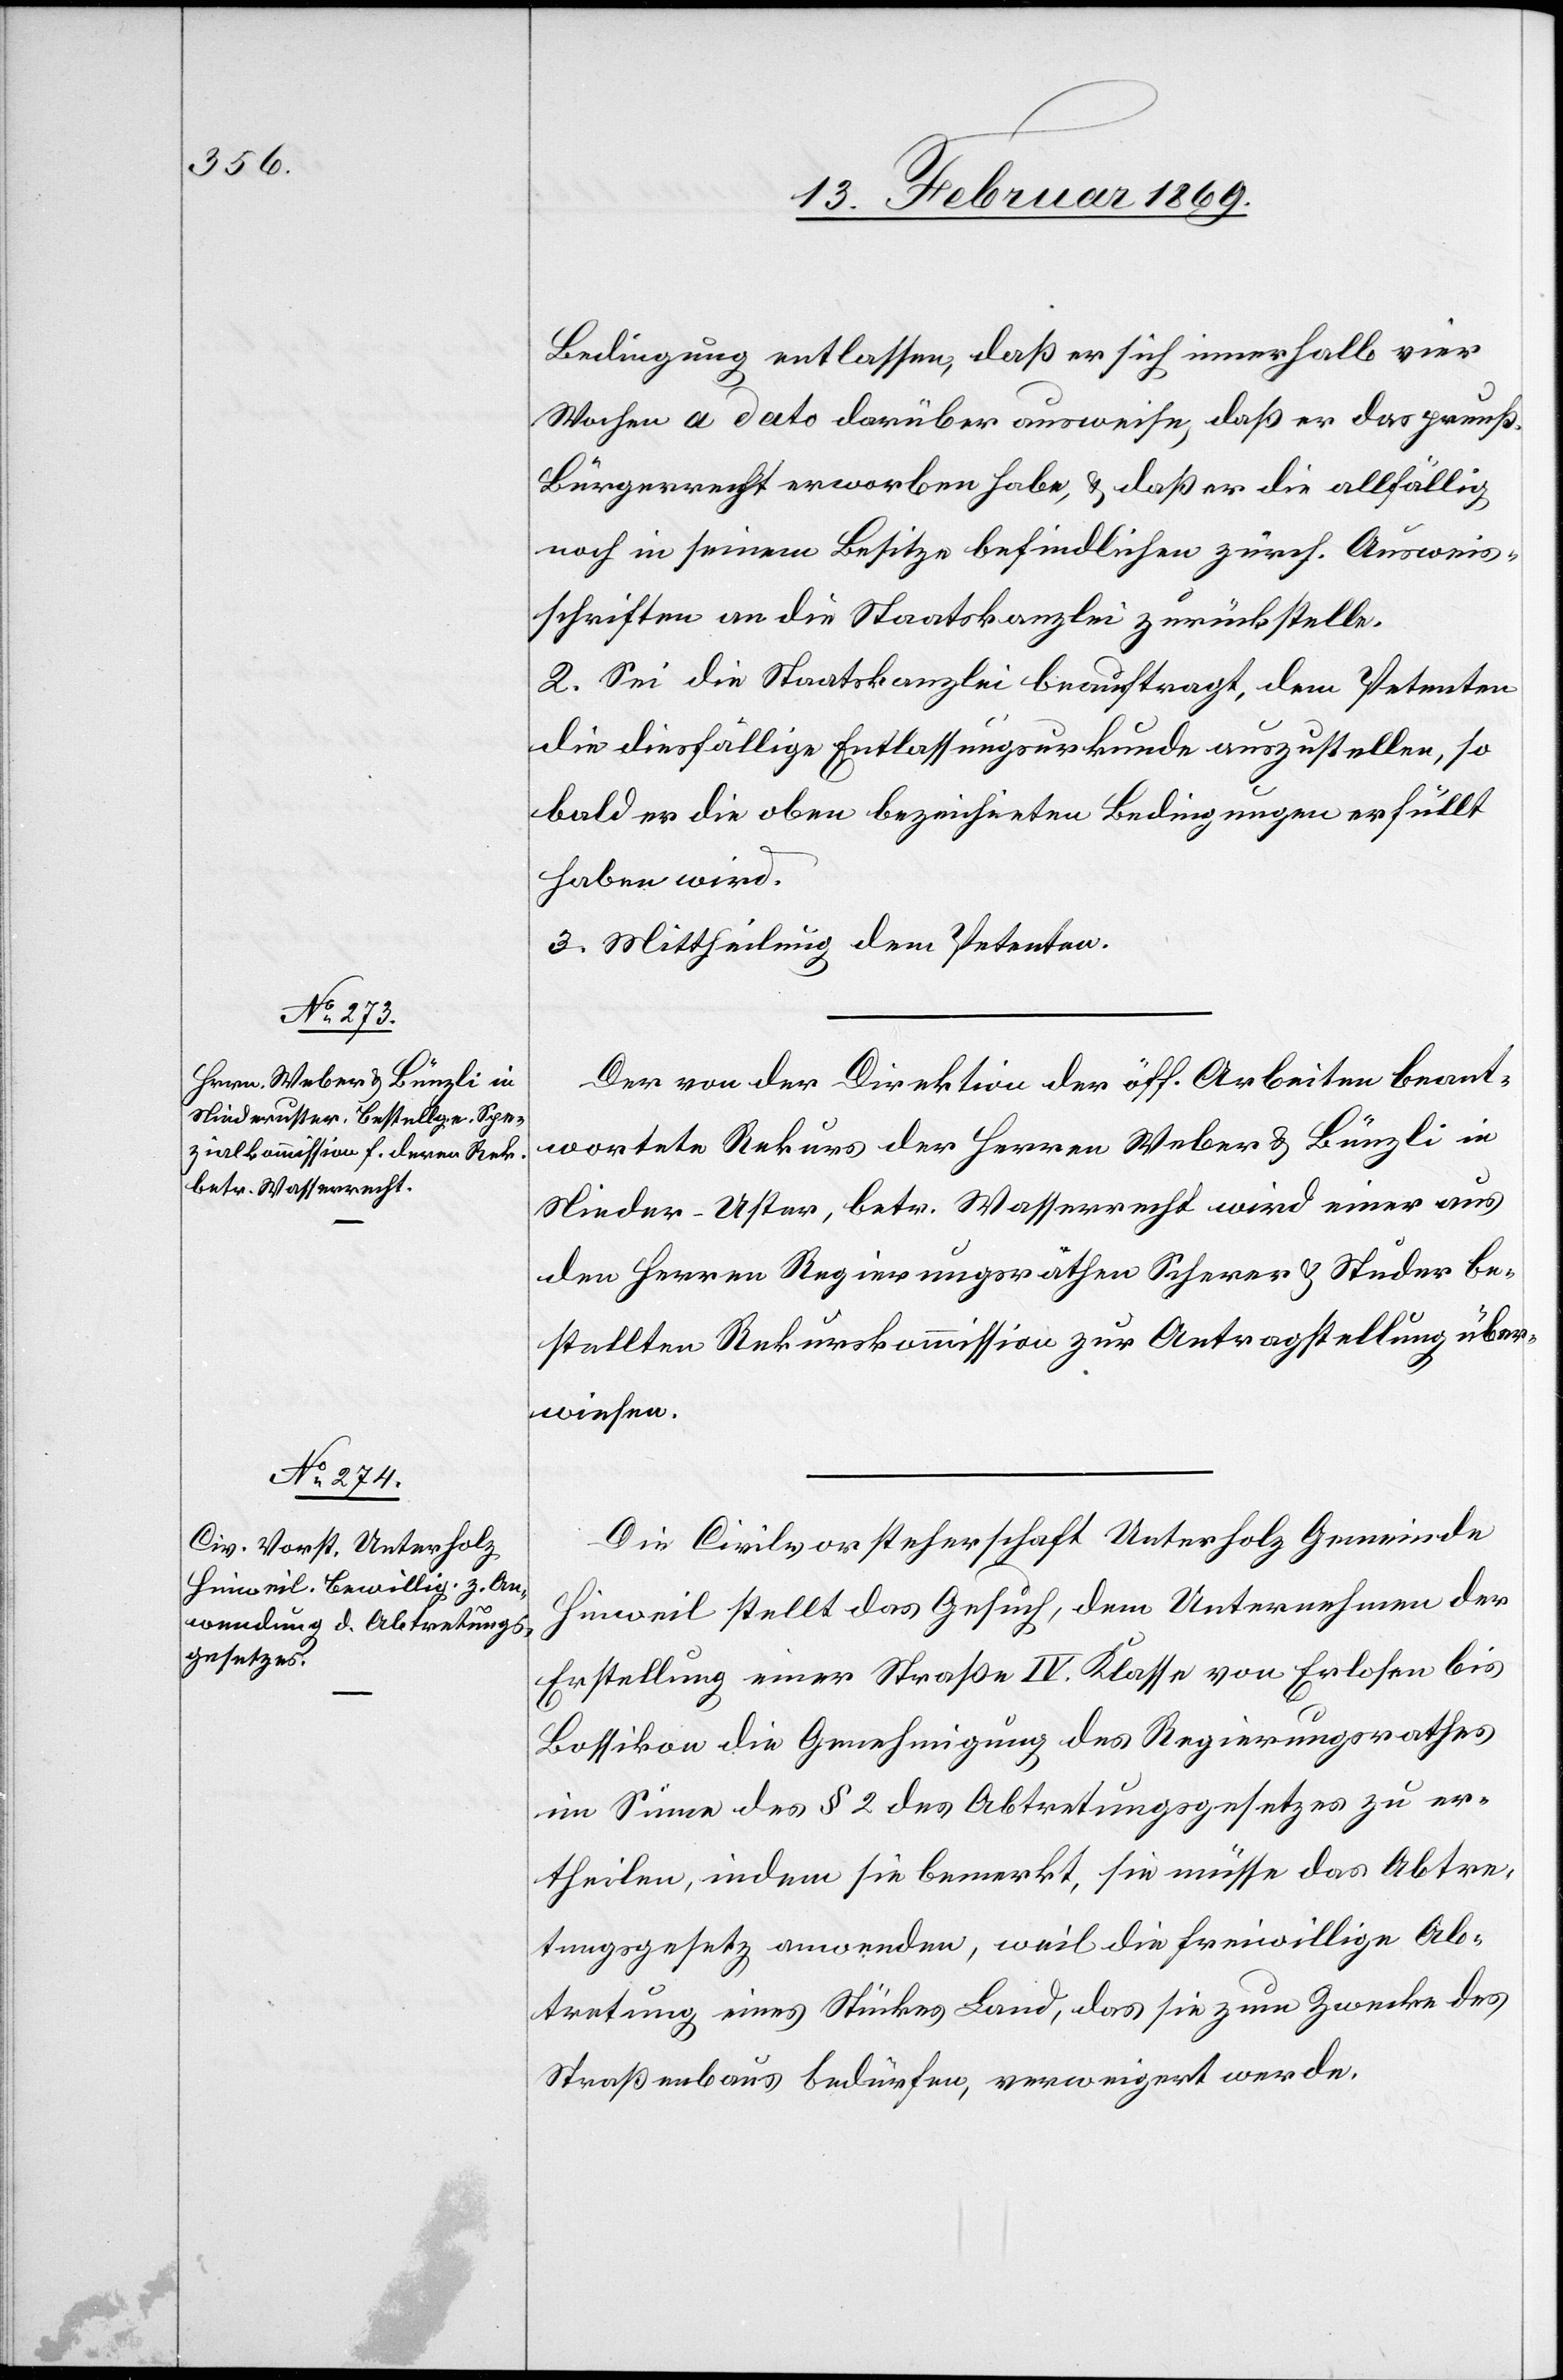
Bedingung entlassen, daß er sich innerhalb vier
Wochen a dato darüber ausweise, daß er das preußische
Bürgerrecht erworben habe, u. daß er die allfällig
noch in seinem Besitze befindlichen zürch. Ausweis¬
schriften an die Staatskanzlei zurückstelle.
2. Sei die Staatskanzlei beauftragt, dem Petenten
die diesfällige Entlassungsurkunde auszustellen, so
bald er die oben bezeichneten Bedingungen erfüllt
haben wird.
3. Mittheilung dem Petenten.
Der von der Direktion der öff. Arbeiten beant¬
wortete Rekurs der Herren Weber u. Bünzli in
Nieder-Uster, betr. Wasserrecht wird einer aus
den Herren Regierungsräthen Scherer u. Studer be¬
stellten Rekurskommission zur Antragstellung über¬
wiesen.
Die Civilvorsteherschaft Unterholz Gemeinde
Hinweil stellt das Gesuch, dem Unternehmen der
Erstellung einer Straße IV. Klasse von Erlosen bis
Bossikon die Genehmigung des Regierungsrathes
im Sinne des § 2 des Abtretungsgesetzes zu er¬
theilen, indem sie bemerkt, sie müsse das Abtre¬
tungsgesetz anwenden, weil die freiwillige Ab¬
tretung eines Stückes Land, das sie zum Zwecke des
Straßenbaus bedürfen, verweigert werde.